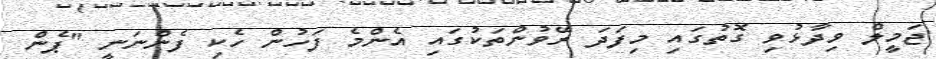
ޖަމީލް ވިދާޅުވި ގޮތުގައި މިފަދަ ރޭވުންތަކުގައި އެންމެ ފަހުން ހެކި ފެންނަނީ "ޕެން